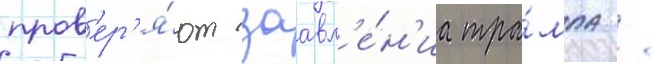
пров'ер'я́ют заавл'е́н'иа тра́мпа /